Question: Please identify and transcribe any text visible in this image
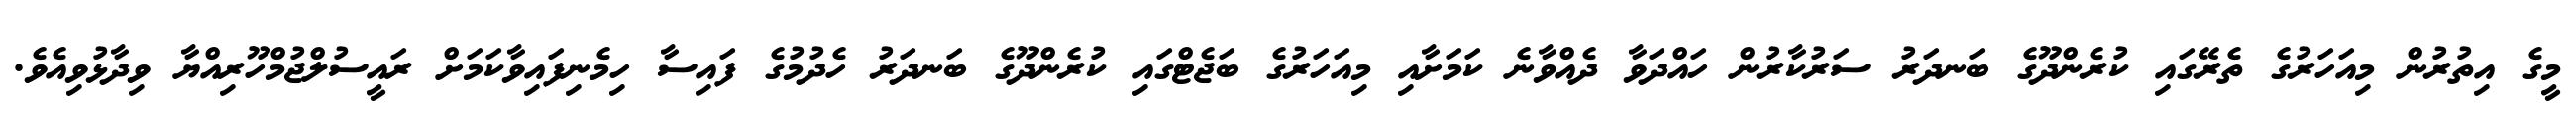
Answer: މީގެ އިތުރުން މިއަހަރުގެ ތެރޭގައި ކުރެންދޫގެ ބަނދަރު ސަރުކާރުން ހައްދަވާ ދެއްވާނެ ކަމަށާއި މިއަހަރުގެ ބަޖެޓްގައި ކުރެންދޫގެ ބަނދަރު ހެދުމުގެ ފައިސާ ހިމެނިފައިވާކަމަށް ރައީސުލްޖުމްހޫރިއްޔާ ވިދާޅުވިއެވެ.